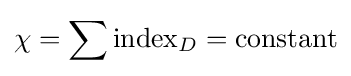
\chi =\sum {\text{index}}_{D}={\text{constant}}